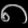
Digit: ၈